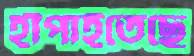
হাঁপাইতেছে